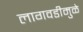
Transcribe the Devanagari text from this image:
लागवडीमुळे